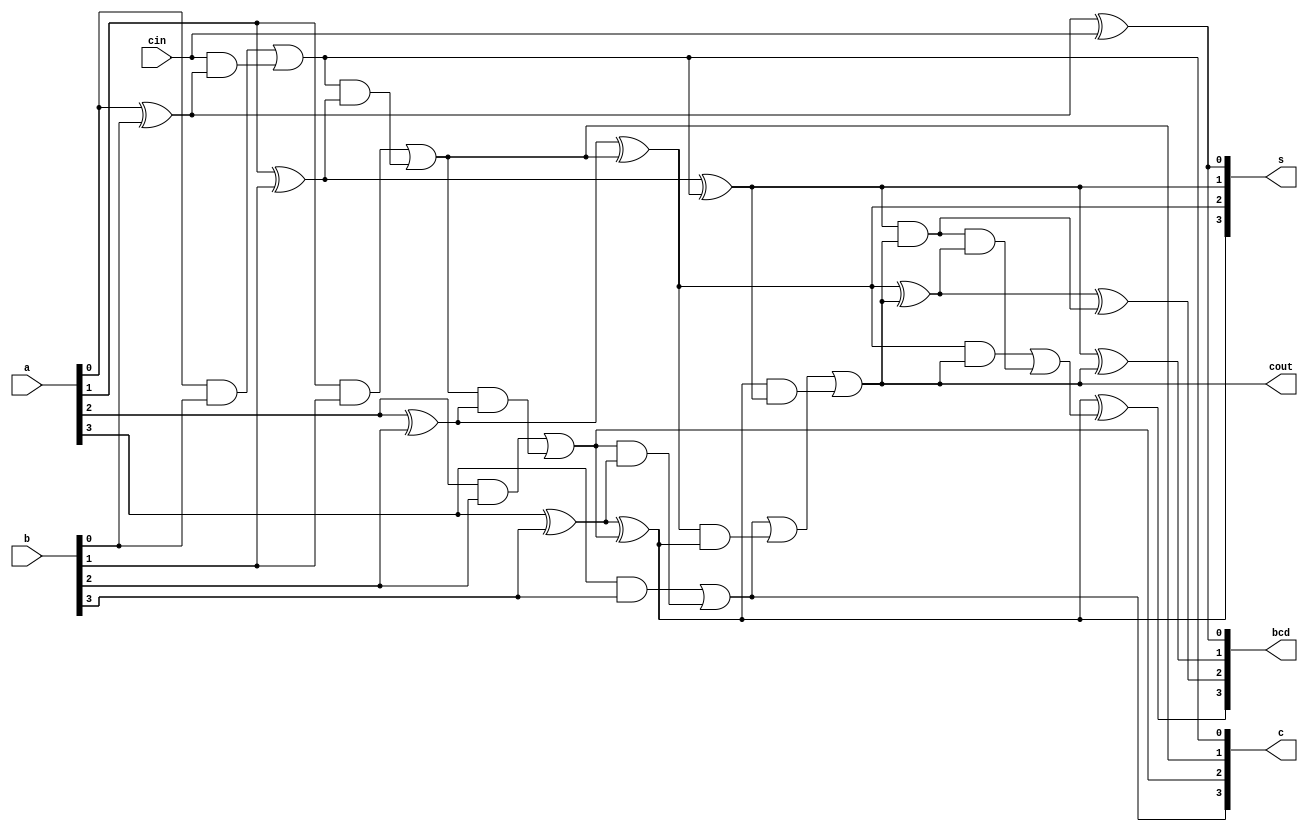
`timescale 1ns / 1ps
module bcd_adder (a, b, cin, c, cout, s, bcd);
    input [3:0] a,b;
    input cin;
    output [3:0] s;
    output [4:1] c;
    output [3:0] bcd;
    output cout;
    assign s[0] = a[0] ^ b[0] ^ cin;
    assign c[1] = (a[0] & b[0]) | (cin & (a[0] ^ b[0])); 
    assign s[1] = a[1] ^ b[1] ^ c[1];
    assign c[2] = (a[1] & b[1]) | (c[1] & (a[1] ^ b[1]));
    assign s[2] = a[2] ^ b[2] ^ c[2];
    assign c[3] = (a[2] & b[2]) | (c[2] & (a[2] ^ b[2]));
    assign s[3] = a[3] ^ b[3] ^ c[3];
    assign c[4] = (a[3] & b[3]) | (c[3] & (a[3] ^ b[3]));
    assign cout = c[4] | (s[2] & s[3]) | (s[3] & s[1]);
    assign bcd[0] = s[0];
    assign bcd[1] = s[1] ^ cout;
    assign bcd[2] = s[2] ^ cout ^ (s[1] & cout);
    assign bcd[3] = s[3] ^ ((s[2] & cout) | ((s[1] & cout) & (s[2] ^ cout)));
endmodule